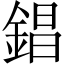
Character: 錩